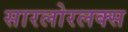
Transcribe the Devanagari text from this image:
सारलोरलक्स